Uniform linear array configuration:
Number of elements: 32
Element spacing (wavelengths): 1
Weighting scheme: hann
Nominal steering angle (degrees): -30
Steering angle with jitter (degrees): -29.647
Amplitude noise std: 0.05
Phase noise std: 0.05

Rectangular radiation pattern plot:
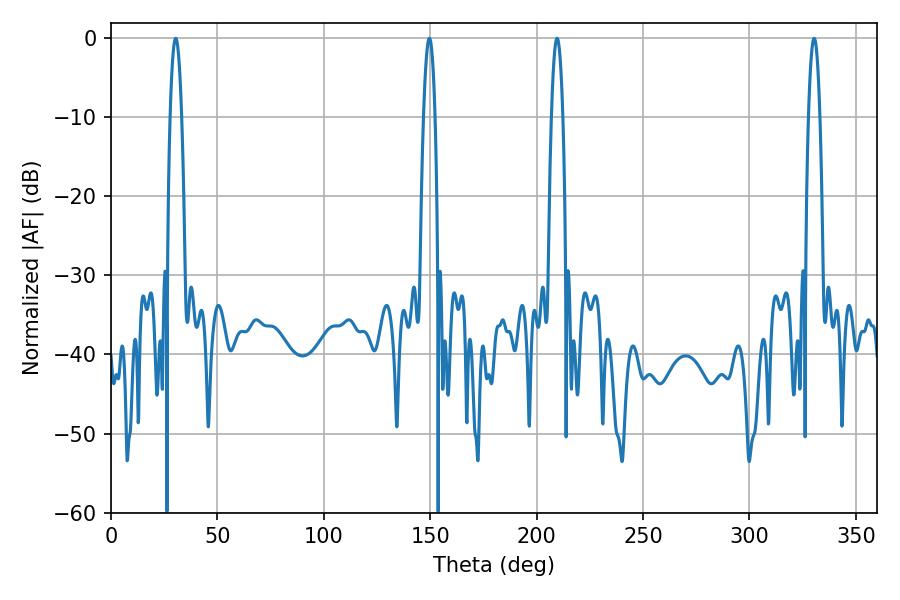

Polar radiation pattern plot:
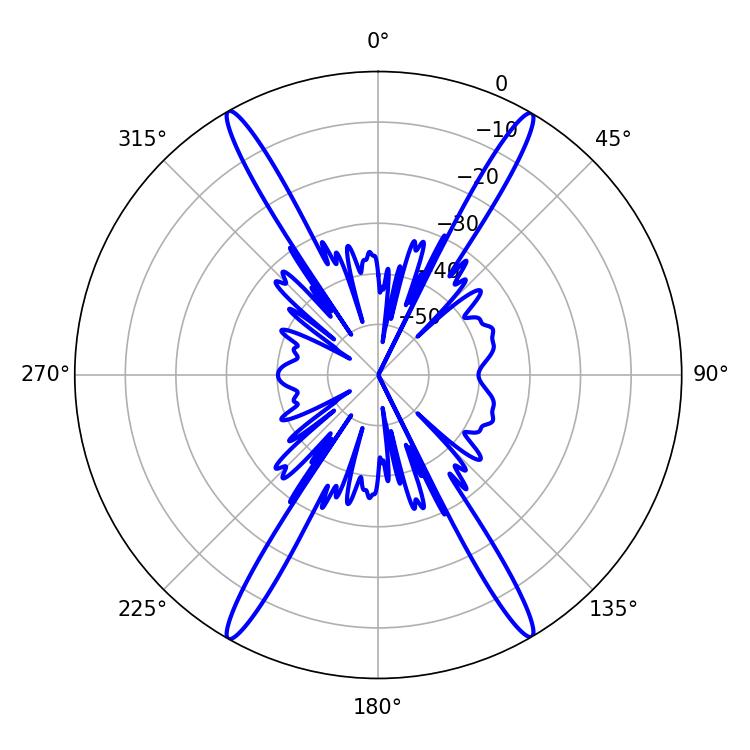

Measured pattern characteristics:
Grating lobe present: TRUE
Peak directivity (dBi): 29.887
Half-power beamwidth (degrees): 2.88
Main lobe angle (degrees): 30.42